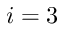
i = 3